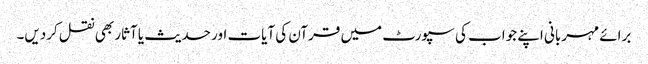
برائے مہربانی اپنے جواب کی سپورٹ میں قرآن کی آیات اور حدیث یا آثار بھی نقل کردیں۔